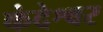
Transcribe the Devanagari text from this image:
कंदेश्वर